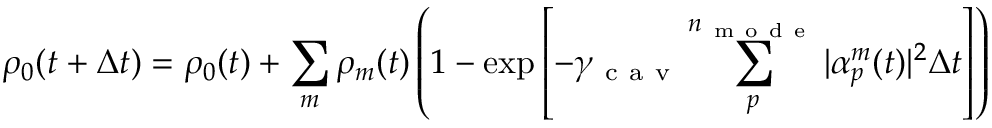
\rho _ { 0 } ( t + \Delta t ) = \rho _ { 0 } ( t ) + \sum _ { m } \rho _ { m } ( t ) \left( 1 - \exp \left[ - \gamma _ { \mathrm { ~ c ~ a ~ v ~ } } \sum _ { p } ^ { n _ { \mathrm { ~ m ~ o ~ d ~ e ~ } } } | \alpha _ { p } ^ { m } ( t ) | ^ { 2 } \Delta t \right] \right)